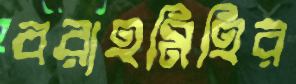
বরাহমিহির